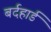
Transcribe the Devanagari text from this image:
बर्दहार्ड